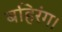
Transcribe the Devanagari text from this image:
बहिरंग।